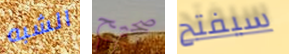
الشبه صحيح سيفتح